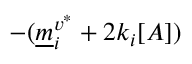
- ( \underline { m } _ { i } ^ { v ^ { * } } + 2 k _ { i } [ A ] )